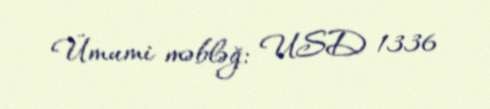
Ümumi məbləğ: USD 1336